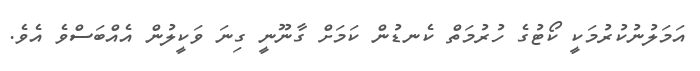
އަމަލުނުކުރުމަކީ ކޯޓުގެ ހުރުމަތް ކެނޑުން ކަމަށް ގާނޫނީ ގިނަ ވަކީލުން އެއްބަސްވެ އެވެ.